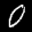
Label: 0